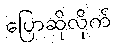
ပြောဆိုလိုက်